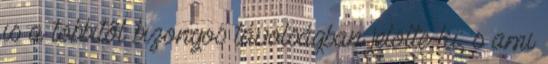
is a többitől bizonyos távolságban jelölte ki; s ami